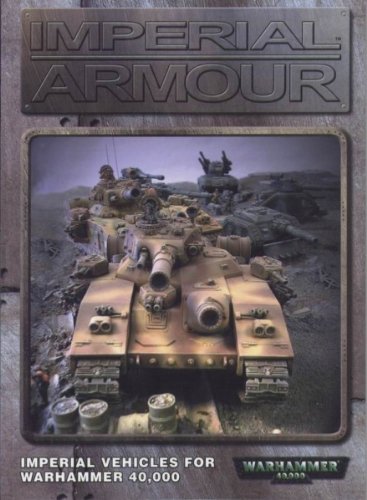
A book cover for Imperial Armour: Imperial Vehicles for Warhammer 40,000; Warwick Kinrade; Teen & Young Adult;